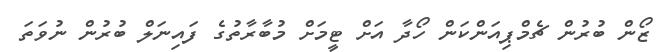
ޒޯން ބުރުން ޗެމްޕިއަންކަން ހޯދާ އަށް ޓީމަށް މުބާރާތުގެ ފައިނަލް ބުރުން ނުވަތަ